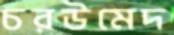
চরউমেদ